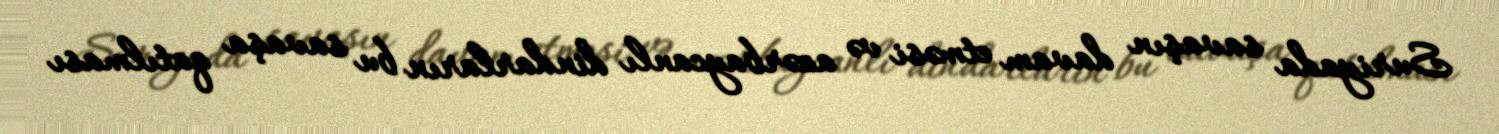
Suriyada savaşın davam etməsi və azərbaycanlı dindarların bu savaşa qatılması